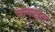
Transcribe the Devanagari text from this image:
जामातुल